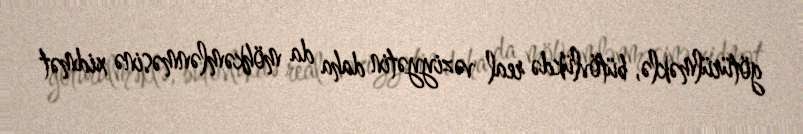
götürülməklə, bütövlükdə real vəziyyətin daha da möhkəmlənməsinə xidmət